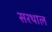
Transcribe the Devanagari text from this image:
सरथाल